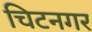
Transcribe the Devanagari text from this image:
चिटनगर